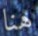
هنا